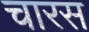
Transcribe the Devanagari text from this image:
चारस